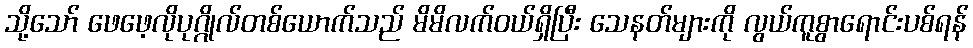
သို့သော် ဖေဖေ့လိုပုဂ္ဂိုလ်တစ်ယောက်သည် မိမိလက်ဝယ်ရှိပြီး သေနတ်များကို လွယ်ကူစွာရောင်းပစ်ရန်